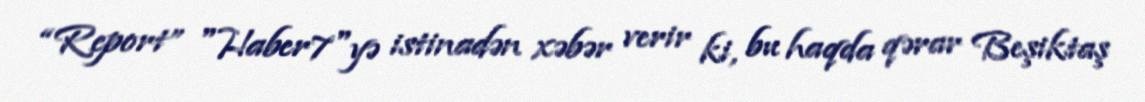
“Report” "Haber7"yə istinadən xəbər verir ki, bu haqda qərar Beşiktaş